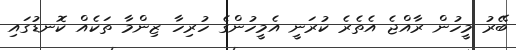
ބޭރު މީހުން ރާއްޖެ އެތެރެ ކުރަނީ އެމީހުންގެ ހުރިހާ ޒިންމާ ތަކެއް ކޮނޑުގައި